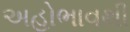
અહોભાવથી